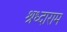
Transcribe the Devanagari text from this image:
श्रध्दाराम